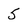
Character: 5